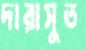
দারাসুত